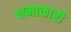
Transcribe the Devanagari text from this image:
क्षमाकारी